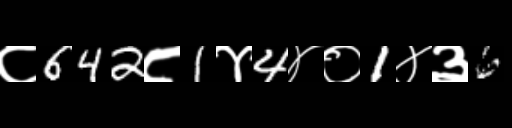
Text: ८642८1४4४०1४३6